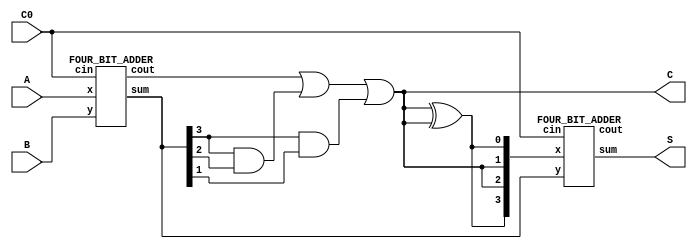
`timescale 1ns / 1ps
//////////////////////////////////////////////////////////////////////////////////
// Company: 
// Engineer: 
// 
// Design Name: 
// Module Name: FOUR_BCD
// Project Name: 
// Target Devices: 
// Tool Versions: 
// Description: 
// 
// Dependencies: 
// 
// Revision:
// Revision 0.01 - File Created
// Additional Comments:
// 
//////////////////////////////////////////////////////////////////////////////////


module FOUR_BCD(A,B,S,C,C0);
input [3:0]A,B;
input C0;
output [3:0]S;
output C;
wire C1,C2,C3,C4,C5;
wire [3:0]X,Z;
and (C1,Z[3],Z[2]);
and (C2,Z[3],Z[1]);
or (C,C3,C1,C2);
xor(C5,C,C);
assign X[2]=C;
assign X[1]=C;
assign X[3]=C5;
assign X[0]=C5;
FOUR_BIT_ADDER F_1(A,B,C0,Z,C3);
FOUR_BIT_ADDER F_2(X,Z,C0,S,C4);
endmodule

module full_adder12(a,b,c,s,co);
input a,b,c;
output s,co;
assign s=a^b^c;
assign co=(a&b)|(b&c)|(c&a);
endmodule
module FOUR_BIT_ADDER(x,y,cin,sum,cout);
input [3:0]x,y;
input cin;
output [3:0]sum;
output cout;
wire c0,c1,c2;
full_adder12 fa0(.a(x[0]),.b(y[0]),.c(cin),.s(sum[0]),.co(c0));
full_adder12 fa1(.a(x[1]),.b(y[1]),.c(c0),.s(sum[1]),.co(c1));
full_adder12 fa3(.a(x[2]),.b(y[2]),.c(c1),.s(sum[2]),.co(c2));
full_adder12 fa4(.a(x[3]),.b(y[3]),.c(c2),.s(sum[3]),.co(cout));
endmodule